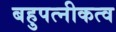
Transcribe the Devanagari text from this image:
बहुपत्नीकत्व